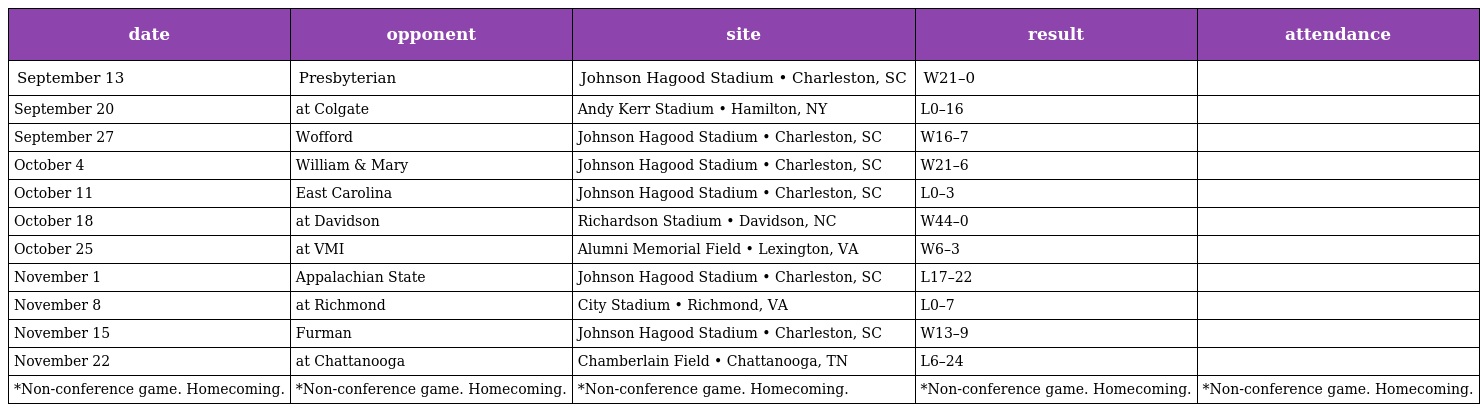
| date | opponent | site | result | attendance |
 | --- | --- | --- | --- | --- |
 | September 13 | Presbyterian | Johnson Hagood Stadium • Charleston, SC | W21–0 |  |
 | September 20 | at Colgate | Andy Kerr Stadium • Hamilton, NY | L0–16 |  |
 | September 27 | Wofford | Johnson Hagood Stadium • Charleston, SC | W16–7 |  |
 | October 4 | William & Mary | Johnson Hagood Stadium • Charleston, SC | W21–6 |  |
 | October 11 | East Carolina | Johnson Hagood Stadium • Charleston, SC | L0–3 |  |
 | October 18 | at Davidson | Richardson Stadium • Davidson, NC | W44–0 |  |
 | October 25 | at VMI | Alumni Memorial Field • Lexington, VA | W6–3 |  |
 | November 1 | Appalachian State | Johnson Hagood Stadium • Charleston, SC | L17–22 |  |
 | November 8 | at Richmond | City Stadium • Richmond, VA | L0–7 |  |
 | November 15 | Furman | Johnson Hagood Stadium • Charleston, SC | W13–9 |  |
 | November 22 | at Chattanooga | Chamberlain Field • Chattanooga, TN | L6–24 |  |
 | *Non-conference game. Homecoming. | *Non-conference game. Homecoming. | *Non-conference game. Homecoming. | *Non-conference game. Homecoming. | *Non-conference game. Homecoming. |